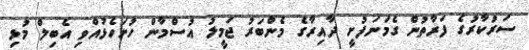
ސަރުކާރުގެ ފަރާތުން ގެމަނަފުށީ ދާއިރާގެ މެންބަރު ޖަމީލު އުސްމާން ހުށަހެޅުއްވި އެބިލް މުޅި